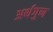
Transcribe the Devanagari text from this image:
अर्थगुण